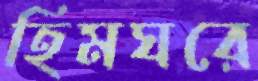
হিমঘরে